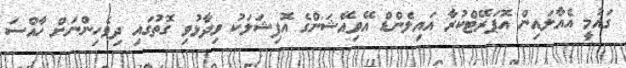
ގައުމީ އެއާލައިން އޮޕަރޭޓްކުރާ އައިލެންޑް އޭވިއޭޝަންގެ އޮފިޝަލަކު ވިދާޅުވި ގޮތުގައި ދިވެހިންނަށް ހާއްސަ